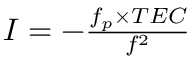
\begin{array} { r } { I = - \frac { f _ { p } \times T E C } { f ^ { 2 } } } \end{array}